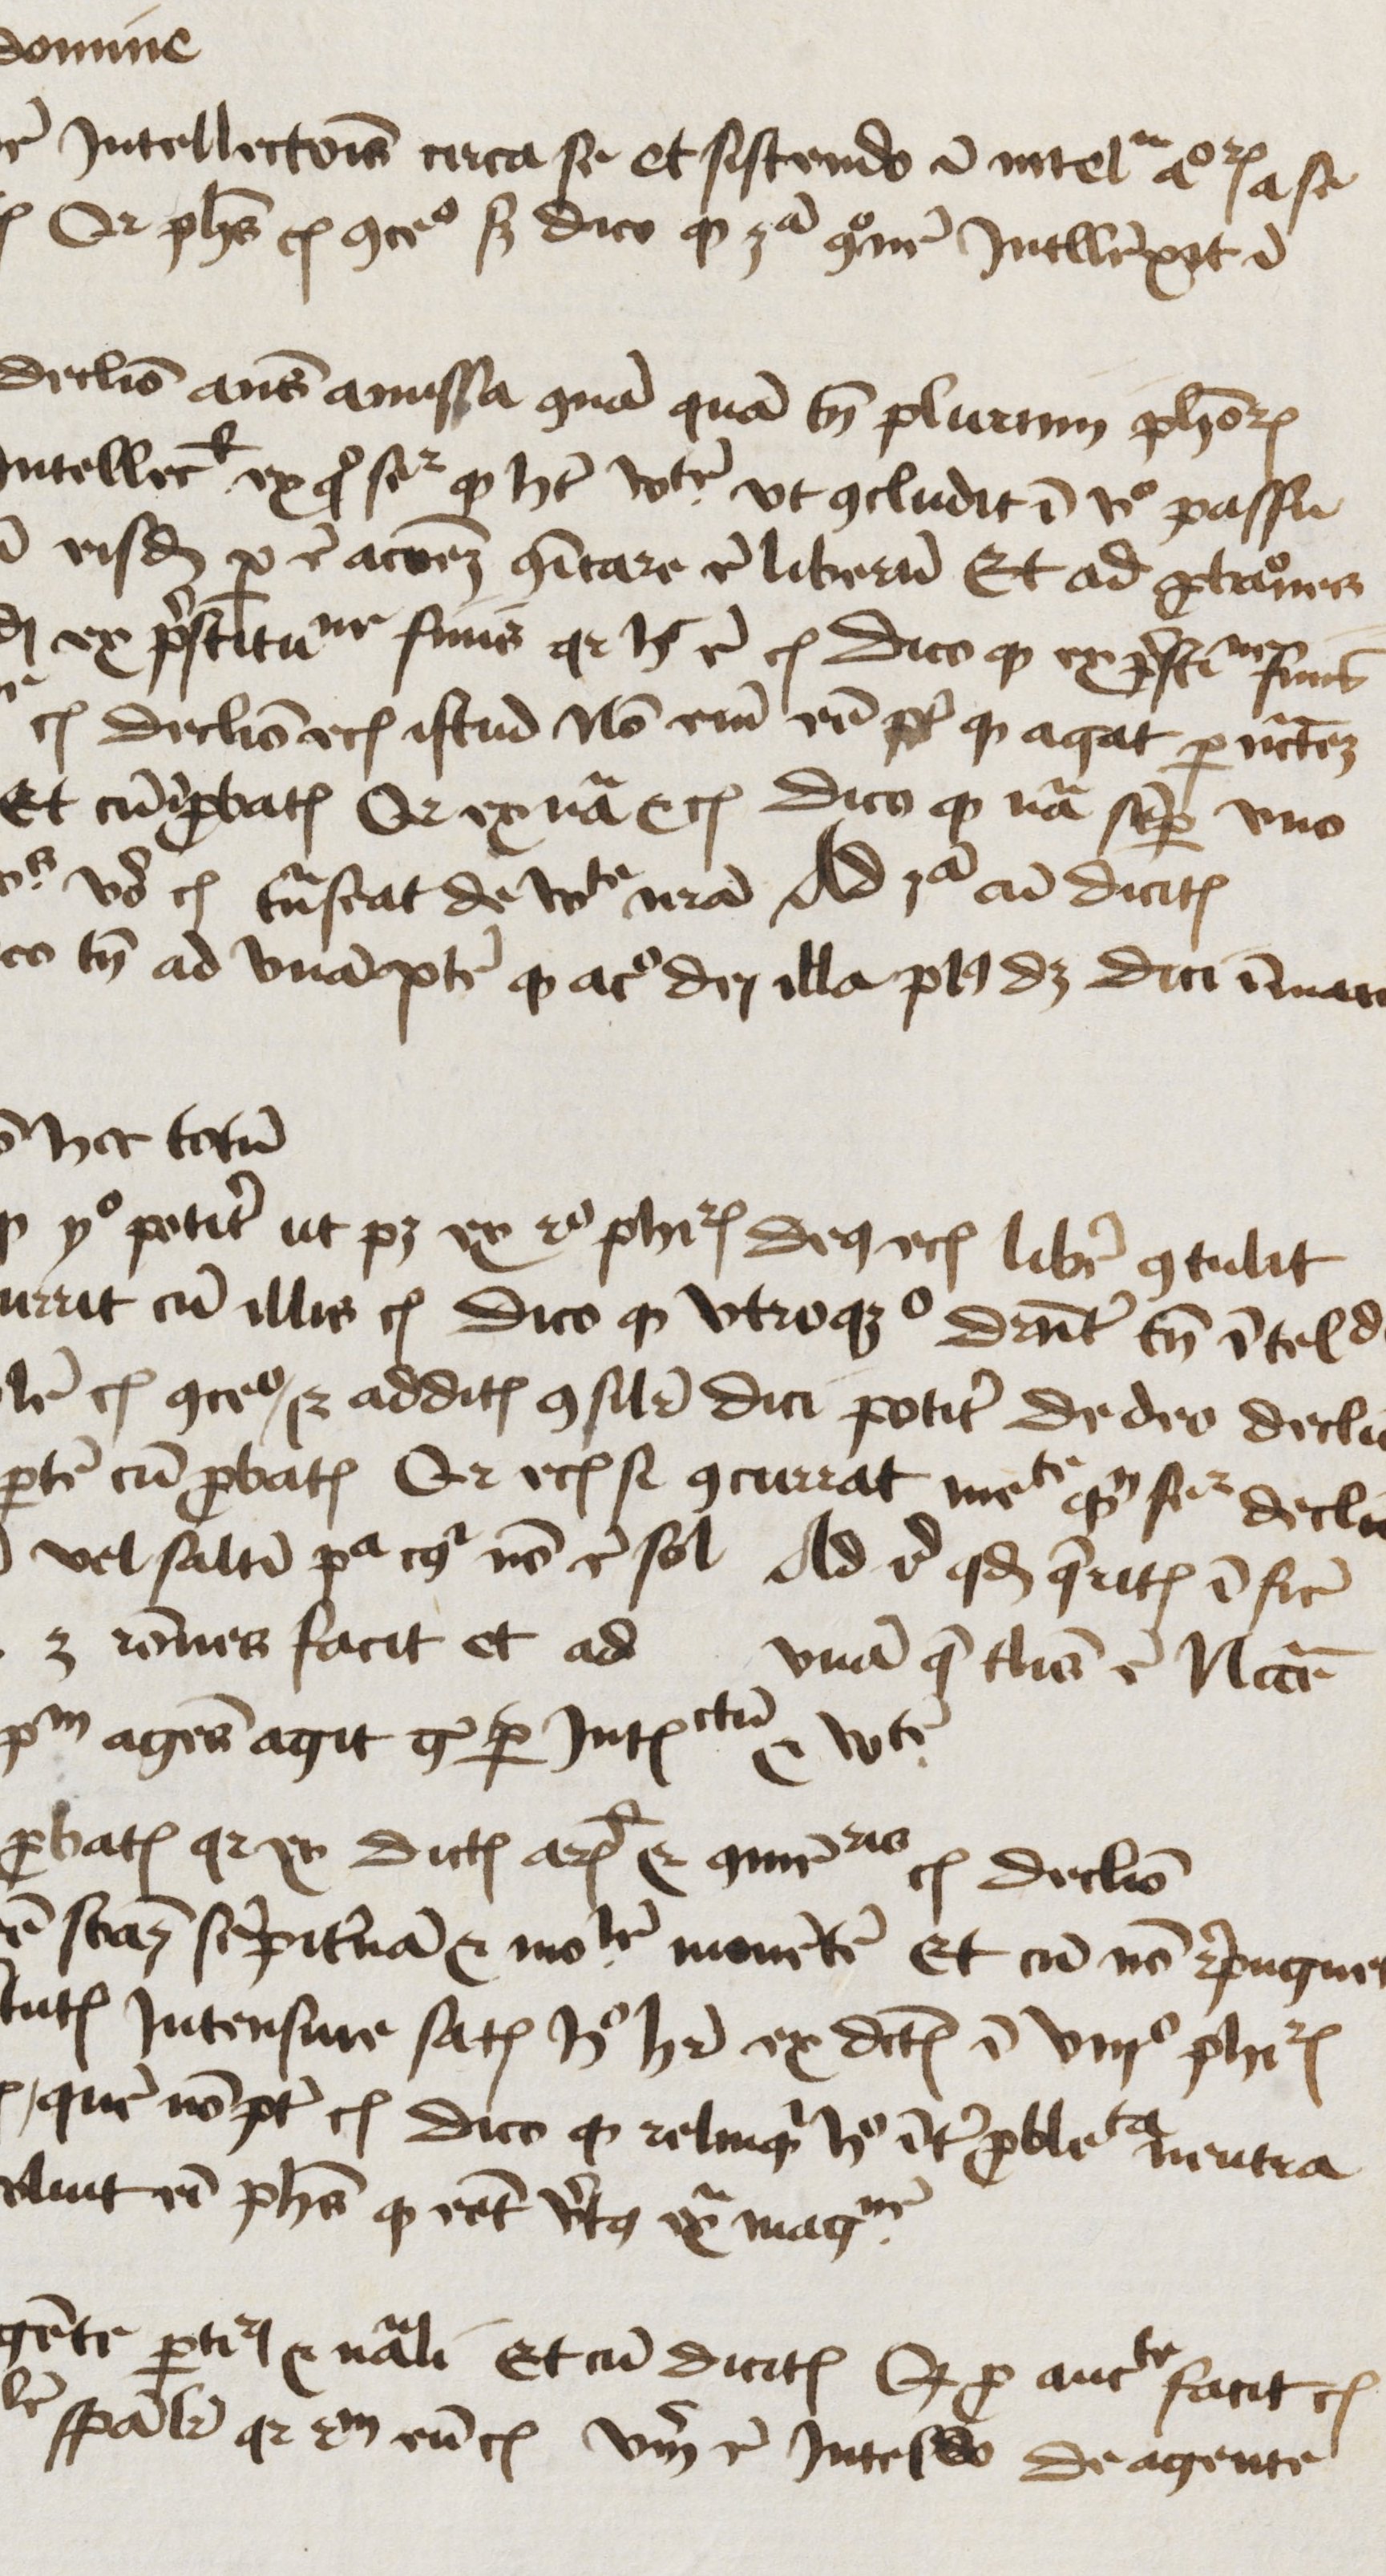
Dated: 1450–1474